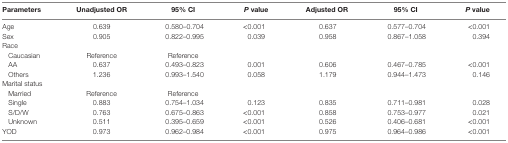
<table><thead><tr><td><b>Parameters</b></td><td><b>Unadjusted OR</b></td><td><b>95% CI</b></td><td><b><i>P</i> value</b></td><td><b>Adjusted OR</b></td><td><b>95% CI</b></td><td><b><i>P</i> value</b></td></tr></thead><tbody><tr><td>Age</td><td>0.639</td><td>0.580–0.704</td><td>&lt;0.001</td><td>0.637</td><td>0.577–0.704</td><td>&lt;0.001</td></tr><tr><td>Sex</td><td>0.905</td><td>0.822–0.995</td><td>0.039</td><td>0.958</td><td>0.867–1.058</td><td>0.394</td></tr><tr><td>Race</td><td></td><td></td><td></td><td></td><td></td><td></td></tr><tr><td> Caucasian</td><td>Reference</td><td>Reference</td><td></td><td></td><td></td><td></td></tr><tr><td> AA</td><td>0.637</td><td>0.493–0.823</td><td>0.001</td><td>0.606</td><td>0.467–0.785</td><td>&lt;0.001</td></tr><tr><td> Others</td><td>1.236</td><td>0.993–1.540</td><td>0.058</td><td>1.179</td><td>0.944–1.473</td><td>0.146</td></tr><tr><td>Marital status</td><td></td><td></td><td></td><td></td><td></td><td></td></tr><tr><td> Married</td><td>Reference</td><td>Reference</td><td></td><td></td><td></td><td></td></tr><tr><td> Single</td><td>0.883</td><td>0.754–1.034</td><td>0.123</td><td>0.835</td><td>0.711–0.981</td><td>0.028</td></tr><tr><td> S/D/W</td><td>0.763</td><td>0.675–0.863</td><td>&lt;0.001</td><td>0.858</td><td>0.753–0.977</td><td>0.021</td></tr><tr><td> Unknown</td><td>0.511</td><td>0.395–0.659</td><td>&lt;0.001</td><td>0.526</td><td>0.406–0.681</td><td>&lt;0.001</td></tr><tr><td>YOD</td><td>0.973</td><td>0.962–0.984</td><td>&lt;0.001</td><td>0.975</td><td>0.964–0.986</td><td>&lt;0.001</td></tr></tbody></table>